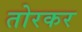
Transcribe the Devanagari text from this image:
तोरकर